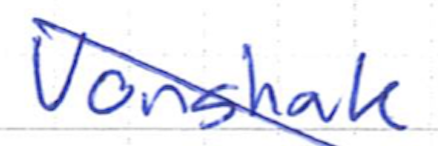
Text: Vonshak
Cross-out: diagonal
Writing tool: ballpoint